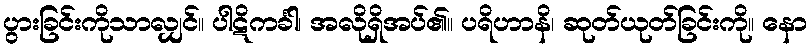
ပွားခြင်းကိုသာလျှင်။ ပါဋိကင်္ခါ၊ အလိုရှိအပ်၏။ ပရိဟာနိ၊ ဆုတ်ယုတ်ခြင်းကို။ နော